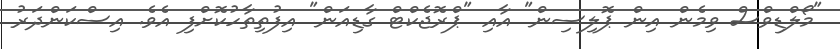
"މޯލްޑިވްސް ވިމެން އިން ޕޮލިސިން" އާއި "ޕްރޮޖެކްޓް ގާޑިއަން" އިފުތިތާހުކޮށްފި އެވެ. އިސްކަންދަރު